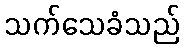
သက်သေခံသည်